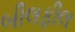
બીલફીલ